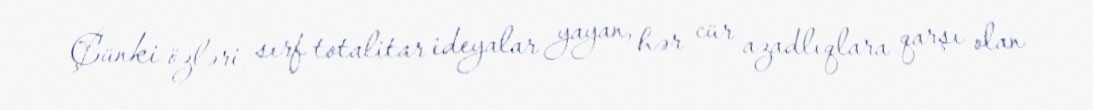
Çünki özləri sırf totalitar ideyalar yayan, hər cür azadlıqlara qarşı olan